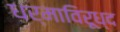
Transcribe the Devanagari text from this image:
धर्माविरूध्द